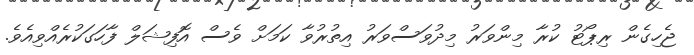
ޖެހިގެން ރިޕޯޓު ކުރާ މިންވަރު މިދުވަސްވަރު އިތުރުވާ ކަމަށް ވެސް އޮފިޝަލް ފާހަގަކުރެއްވިއެވެ.